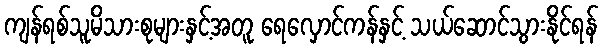
ကျန်ရစ်သူမိသားစုများနှင့်အတူ ရေလှောင်ကန်နှင့် သယ်ဆောင်သွားနိုင်ရန်